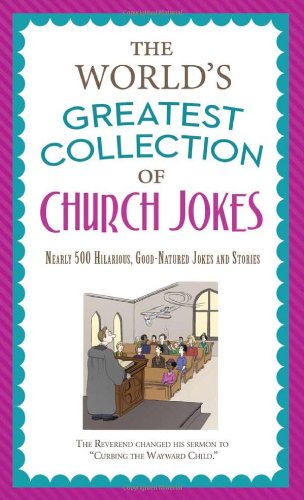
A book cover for The World's Greatest Collection of Church Jokes: Nearly 500 Hilarious, Good-Natured Jokes and Stories (Inspirational Book Bargains); Humor & Entertainment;